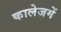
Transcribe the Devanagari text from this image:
कालेजमें